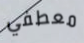
معطفي